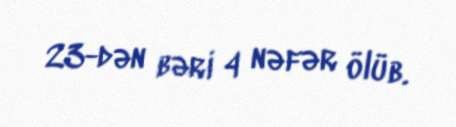
23-dən bəri 4 nəfər ölüb.